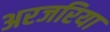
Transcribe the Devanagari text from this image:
अरजरिया